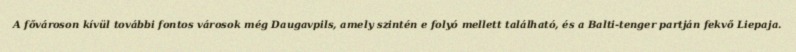
A fővároson kívül további fontos városok még Daugavpils, amely szintén e folyó mellett található, és a Balti-tenger partján fekvő Liepaja.